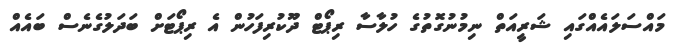
މައްސަލައެއްގައި ޝަރީއަތް ނިމުނުގޮތުގެ ހުލާސާ ރިޕޯޓް ދޫކުރިފަހުން އެ ރިޕޯޓަށް ބަދަލުގެނެސް ބައެއް